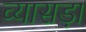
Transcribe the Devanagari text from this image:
व्यासड़ा